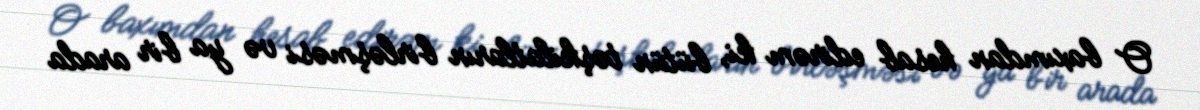
O baxımdan hesab edirəm ki, bütün təşkilatların birləşməsi və ya bir arada